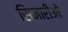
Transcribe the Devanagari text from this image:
सिनारीओ